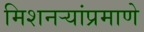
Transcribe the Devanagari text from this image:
मिशनऱ्यांप्रमाणे